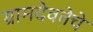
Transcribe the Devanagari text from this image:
ग्रामदेवतेचे